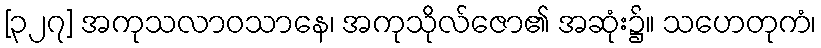
[၃၂၇] အကုသလာဝသာနေ၊ အကုသိုလ်ဇော၏ အဆုံး၌။ သဟေတုကံ၊